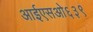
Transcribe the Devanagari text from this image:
आईएसओ६३९